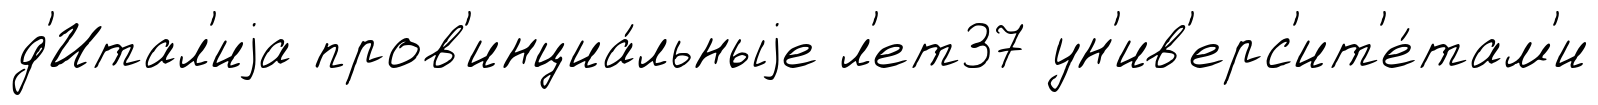
д'Итал'иjа пров'инциа́льныjе л'ет37 ун'ив'ерс'ит'е́там'и